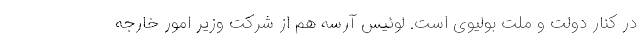
در کنار دولت و ملت بولیوی است. لوئیس آرسه هم از شرکت وزیر امور خارجه